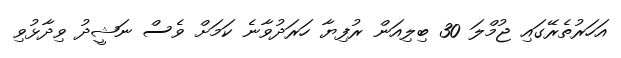
އަހަރުތެރޭގައި ޖުމްލަ 30 ބިލިއަން ރުފިޔާ ހަރަދުވާނެ ކަމަށް ވެސް ނަޝީދު ވިދާޅުވި